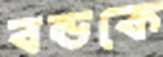
বন্ডকে